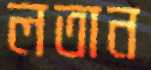
লতান